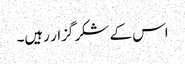
اس کے شکر گزار رہیں۔